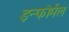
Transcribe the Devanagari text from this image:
इन्फोर्मल